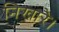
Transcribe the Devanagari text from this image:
निखारै।